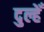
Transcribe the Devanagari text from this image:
दुल्हेँ